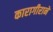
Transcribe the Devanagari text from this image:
कारागीराने